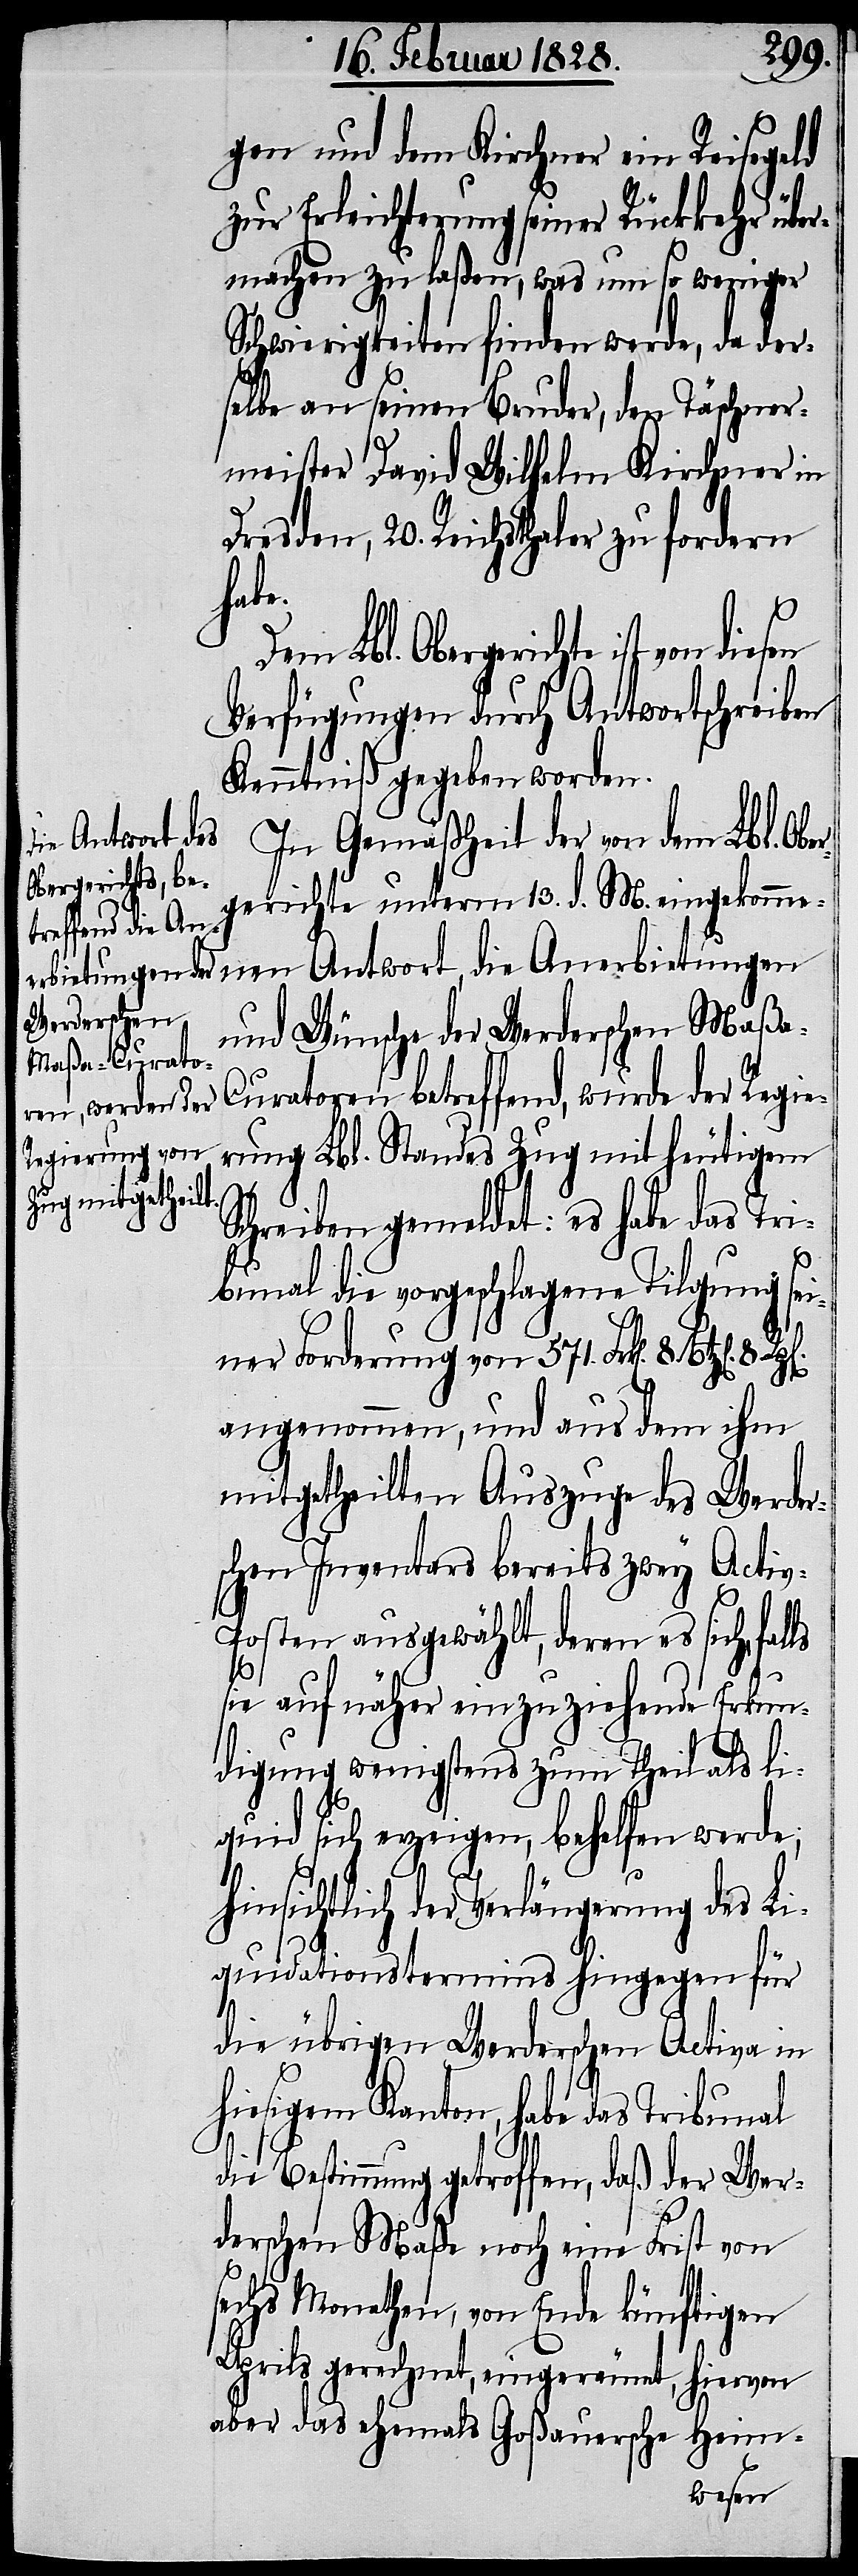
gen und dem Kirchner ein Reisegeld
zur Erleichterung seiner Rückkehr über¬
machen zu laßen, was um so weniger
Schwierigkeiten finden werden, da der¬
selbe an seinen Bruder, den Täschner¬
meister David Wilhelm Kirchner in
Dresden, 20. Reichsthaler zu fordern
habe.
Dem Lbl. Obergerichte ist
Verfügungen durch Antwortschreiben
Kenntniß gegeben worden.
In Gemäßheit der von dem Lbl. Ob¬
gerichte unterm 13. d. M. eingekomme¬
nen Antwort, die Anerbietungen
und Wünsche der Werderschen Maßa-C¬
uratoren betreffend, wurde der Regie¬
rung Lbl. Standes Zug mit heutigem
Schreiben gemeldet: es habe das Tri¬
bunal die vorgeschlagene Tilgung sei¬
ner Forderung von 571. Frk[en]. 8.
ls
angenommen, und aus dem ihm
mitgetheilten Auszuge des Werder¬
schen Inventars bereits zwey Activ-P¬
osten ausgewählt, deren es sich, fal¬
sie auf näher einzuziehende Erkun¬
digung wenigstens zum Theil als liq¬
uid sich erzeigen, behelfen werde;
hinsichtlich der Verlängerung des Li¬
quidationstermins hingegen für
die übrigen Werderschen Activa in
hiesigem Kanton, habe das Tribunal
die Bestimmung getroffen, daß der Wer¬
derschen Maße noch eine Frist von
sechs Monathen, von Ende künftigen
Aprils gerechnet, eingeräumt, hiervon
aber das ehemals Goßauersche Heim-
diesen